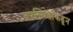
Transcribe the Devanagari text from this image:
उपस्थितांकडून